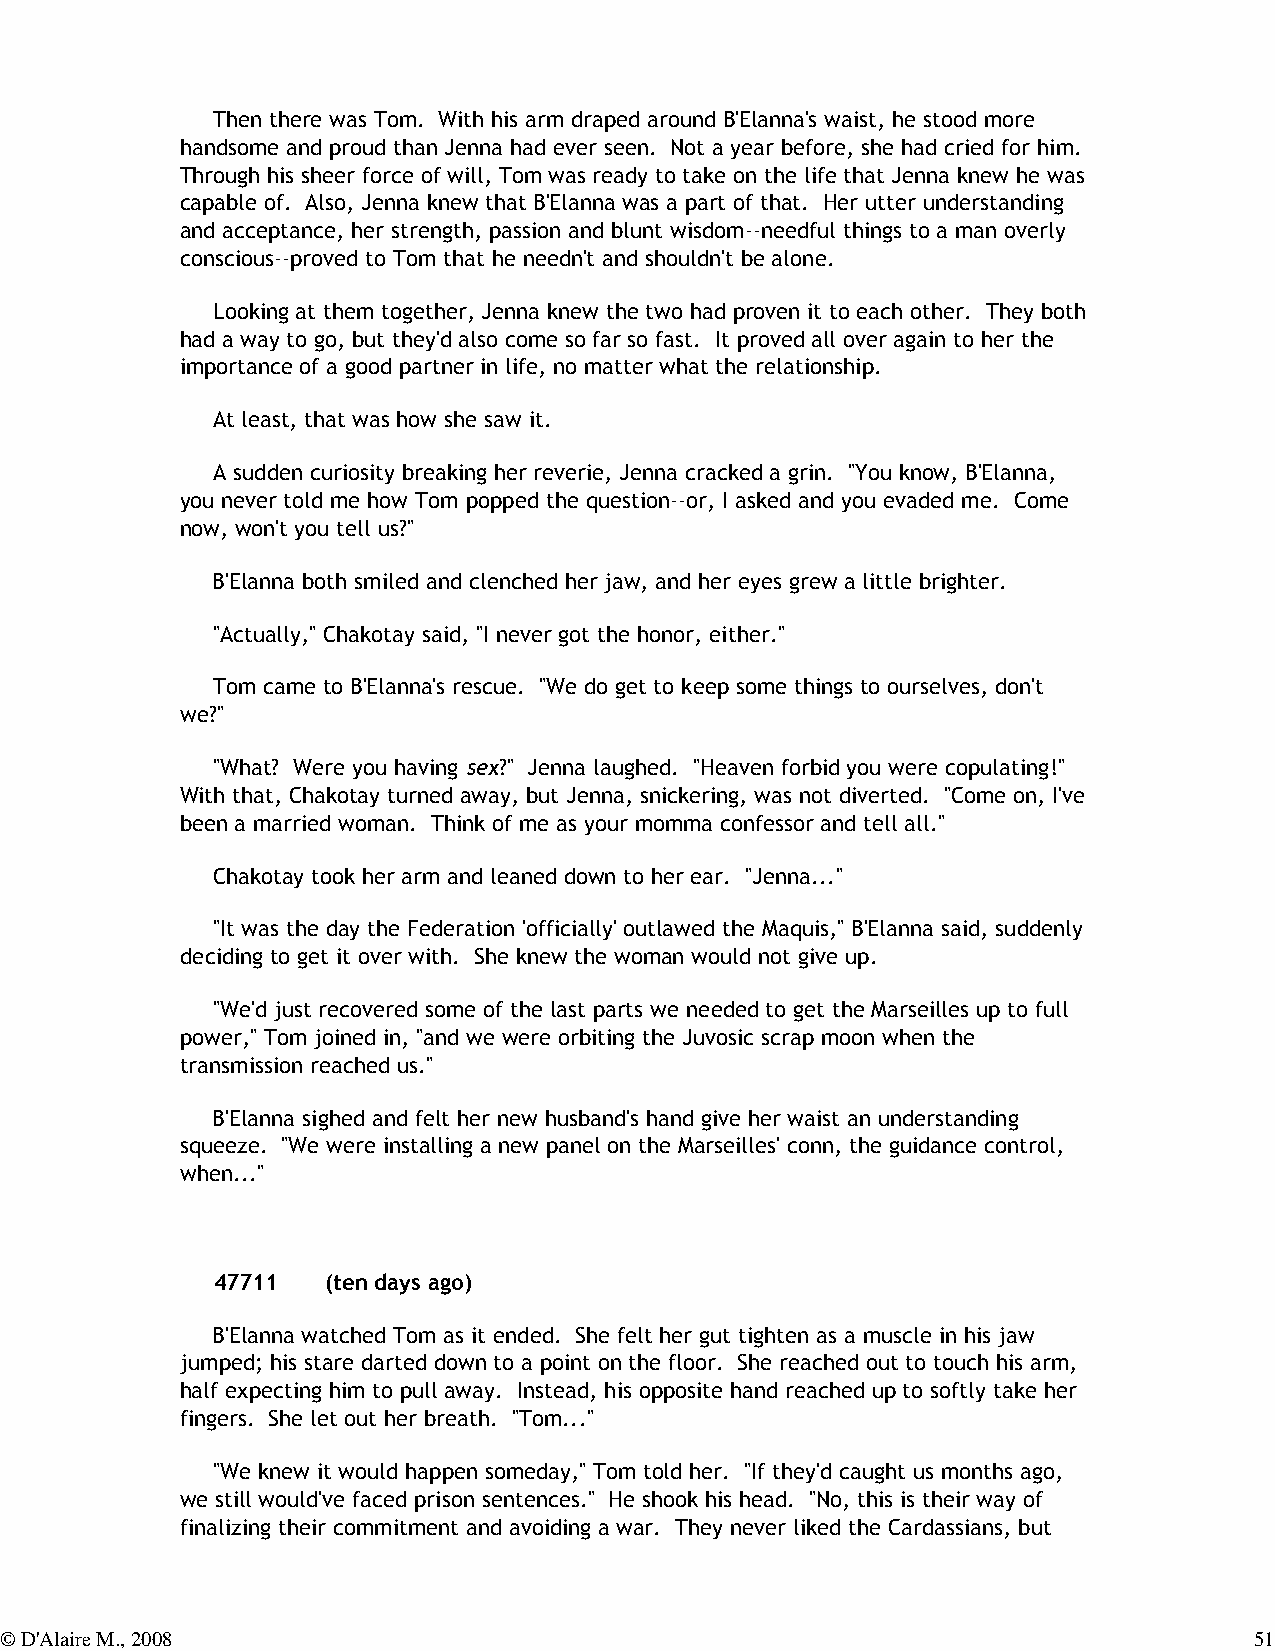
Then there was Tom. With his arm draped around B'Elanna's waist, he stood more
 handsome and proud than Jenna had ever seen. Not a year before, she had cried for him.
 Through his sheer force of will, Tom was ready to take on the life that Jenna knew he was
 capable of. Also, Jenna knew that B'Elanna was a part of that. Her utter understanding
 and acceptance, her strength, passion and blunt wisdom--needful things to a man overly
 conscious--proved to Tom that he needn't and shouldn't be alone.
 Looking at them together, Jenna knew the two had proven it to each other. They both
 had a way to go, but they'd also come so far so fast. It proved all over again to her the
 importance of a good partner in life, no matter what the relationship.
 At least, that was how she saw it.
 A sudden curiosity breaking her reverie, Jenna cracked a grin. "You know, B'Elanna,
 you never told me how Tom popped the question--or, I asked and you evaded me. Come
 now, won't you tell us?"
 B'Elanna both smiled and clenched her jaw, and her eyes grew a little brighter.
 "Actually," Chakotay said, "I never got the honor, either."
 Tom came to B'Elanna's rescue. "We do get to keep some things to ourselves, don't
 we?"
 "What? Were you having sex?" Jenna laughed. "Heaven forbid you were copulating!"
 With that, Chakotay turned away, but Jenna, snickering, was not diverted. "Come on, I've
 been a married woman. Think of me as your momma confessor and tell all."
 Chakotay took her arm and leaned down to her ear. "Jenna..."
 "It was the day the Federation 'officially' outlawed the Maquis," B'Elanna said, suddenly
 deciding to get it over with. She knew the woman would not give up.
 "We'd just recovered some of the last parts we needed to get the Marseilles up to full
 power," Tom joined in, "and we were orbiting the Juvosic scrap moon when the
 transmission reached us."
 B'Elanna sighed and felt her new husband's hand give her waist an understanding
 squeeze. "We were installing a new panel on the Marseilles' conn, the guidance control,
 when..."
 47711   (ten days ago)
 B'Elanna watched Tom as it ended. She felt her gut tighten as a muscle in his jaw
 jumped; his stare darted down to a point on the floor. She reached out to touch his arm,
 half expecting him to pull away. Instead, his opposite hand reached up to softly take her
 fingers. She let out her breath. "Tom..."
 "We knew it would happen someday," Tom told her. "If they'd caught us months ago,
 we still would've faced prison sentences." He shook his head. "No, this is their way of
 finalizing their commitment and avoiding a war. They never liked the Cardassians, but
 © D'Alaire M., 2008                                                                51